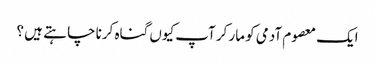
ایک معصوم آدمی کو مار کر آپ کیوں گناہ کرنا چا ہتے ہیں ؟